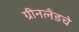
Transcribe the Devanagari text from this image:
ग्रीनलँडचे